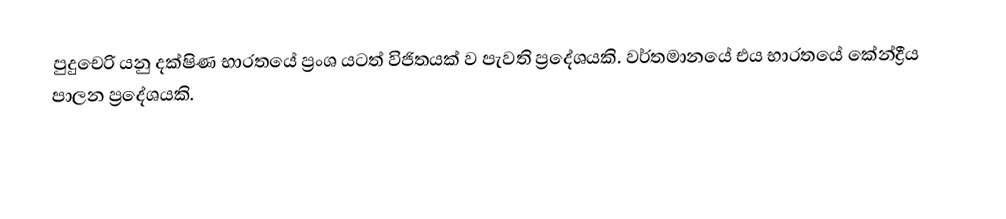
පුදුචෙරි යනු දක්ෂිණ භාරතයේ ප්‍රංශ යටත් විජිතයක් ව පැවති ප්‍රදේශයකි. වර්තමානයේ එය භාරතයේ කේන්ද්‍රීය පාලන ප්‍රදේශයකි.